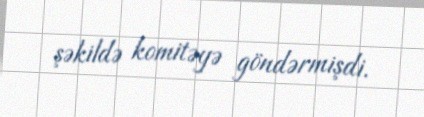
şəkildə komitəyə göndərmişdi.